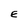
Character: E